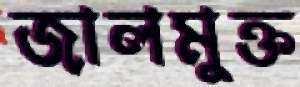
জালমুক্ত